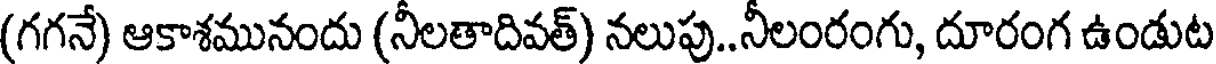
(గగనే) ఆకాశమునందు (నీలతాదివత్) నలుపు..నీలంరంగు, దూరంగ ఉండుట